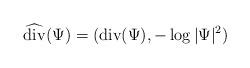
LaTeX: \begin{align*}\widehat{\mathrm{div}}(\Psi) = (\mathrm{div}(\Psi) , - \log|\Psi|^2 )\end{align*}